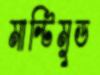
মাল্টিমুড